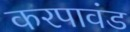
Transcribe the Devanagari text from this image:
करपावंड